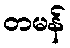
တမန်